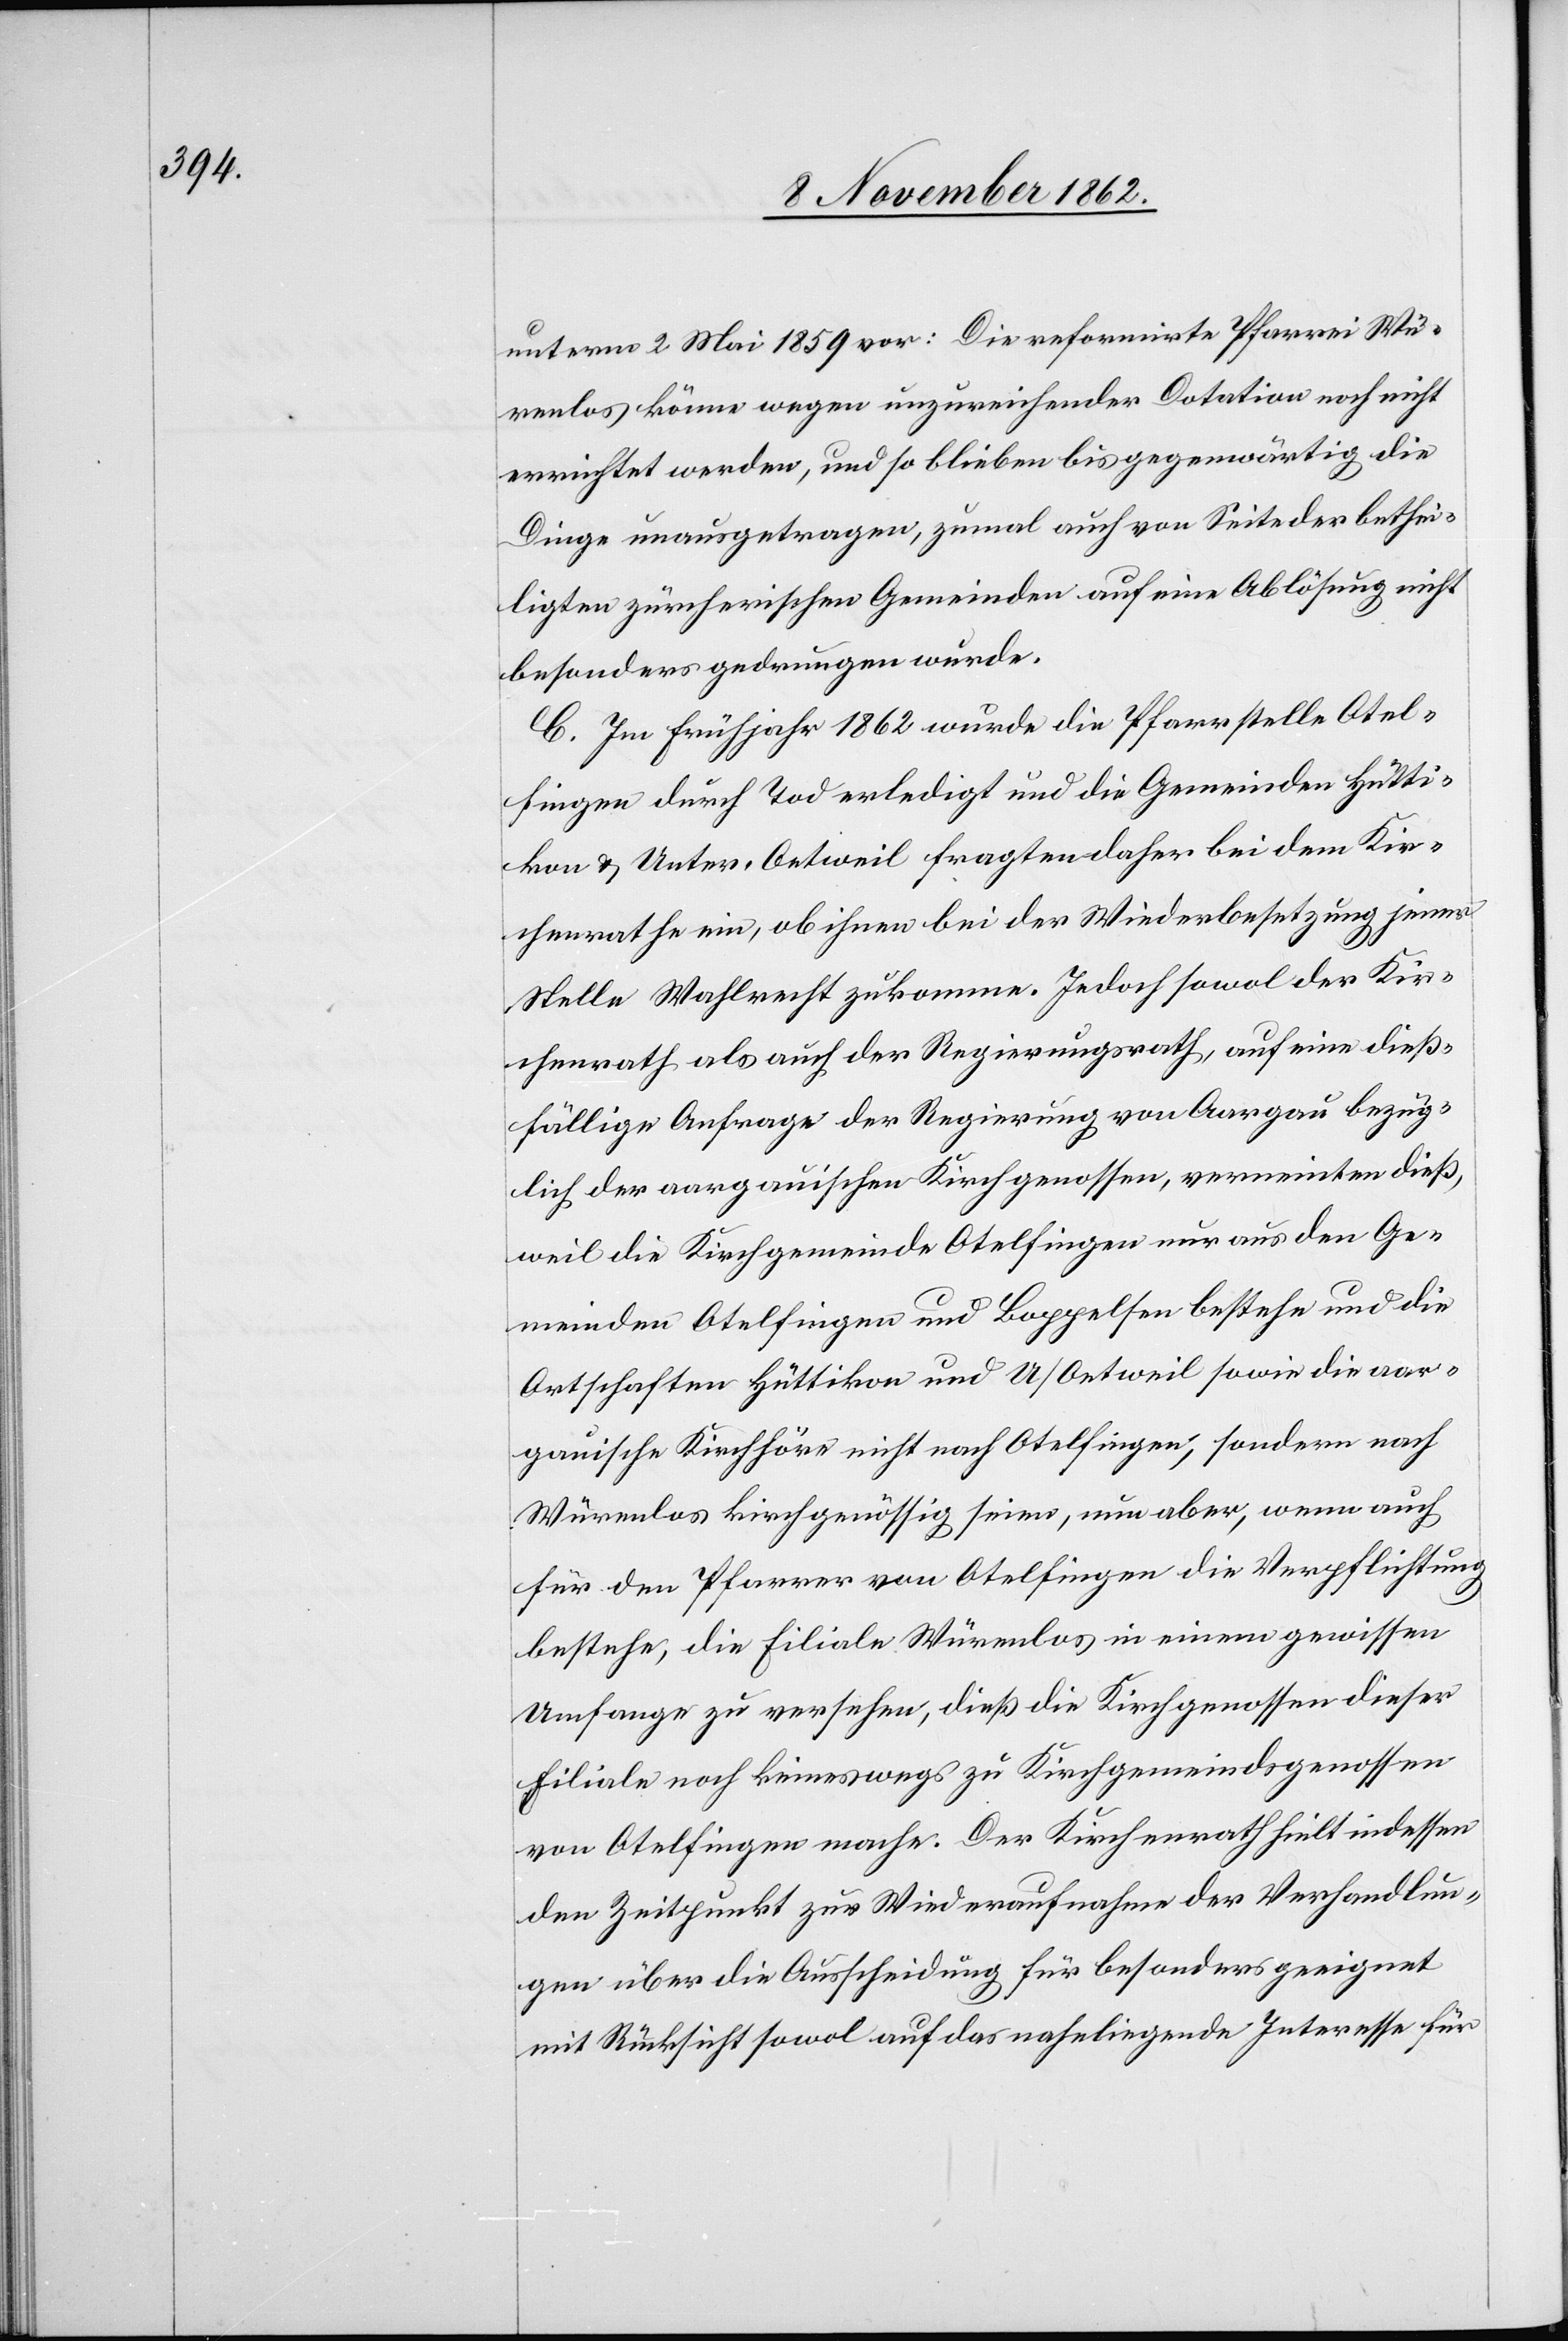
unterm 2. Mai 1859 vor: Die reformirte Pfarrei Wü¬
renlos könne wegen unzureichender Dotation noch nicht
errichtet werden, und so blieben bis gegenwärtig die
Dinge unausgetragen, zumal auch von Seite der bethei¬
ligten zürcherischen Gemeinden auf eine Ablösung nicht
besonders gedrungen wurde.
C. Im Frühjahr 1862 wurde die Pfarrstelle Otel¬
fingen durch Tod erledigt und die Gemeinden Hütti¬
kon u. Unter-Oetweil fragten daher bei dem Kir¬
chenrathe ein, ob ihnen bei der Wiederbesetzung jener
Stelle Wahlrecht zukomme. Jedoch sowol der Kir¬
chenrath als auch der Regierungsrath, auf eine dieß¬
fällige Anfrage der Regierung von Aargau bezüg¬
lich der aargauischen Kirchgenossen, verneinten dieß,
weil die Kirchgemeinde Otelfingen nur aus den Ge¬
meinden Otelfingen und Boppelsen bestehe und die
Ortschaften Hüttikon und U/Oetweil sowie die aar¬
gauische Kirchhöre nicht nach Otelfingen, sondern nach
Würenlos kirchgenössig seien, nun aber, wenn auch
für den Pfarrer von Otelfingen die Verpflichtung
bestehe, die Filiale Würenlos in einem gewissen
Umfange zu versehen, dieß die Kirchgenossen dieser
Filiale noch keineswegs zu Kirchgemeindsgenossen
von Otelfingen mache. Der Kirchenrath hielt indessen
den Zeitpunkt zur Wiederaufnahme der Verhandlun¬
gen über die Ausscheidung für besonders geeignet
mit Rücksicht sowol auf das naheliegende Interesse für